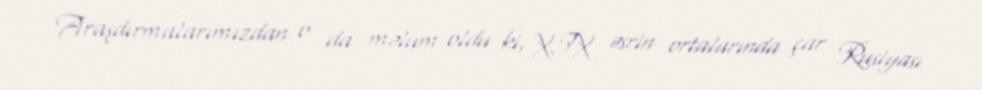
Araşdırmalarımızdan o da məlum oldu ki, XIX əsrin ortalarında çar Rusiyası